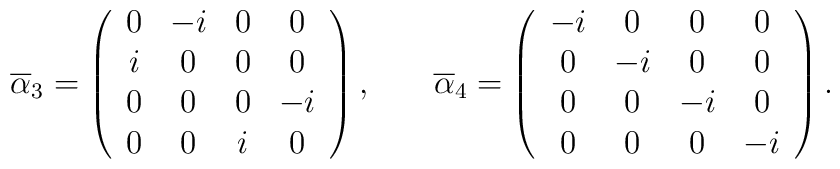
\overline{\alpha } _3=\left(\begin{array}{cccc}0 & -i & 0 & 0 \\i & 0 & 0 & 0 \\0 & 0 & 0 & -i \\0 & 0 & i & 0\end{array}\right) ,\hspace{0.3in}\overline{\alpha }_4=\left(\begin{array}{cccc}-i & 0 & 0 & 0 \\0 & -i & 0 & 0 \\0 & 0 & -i & 0 \\0 & 0 & 0 & -i\end{array}\right) .